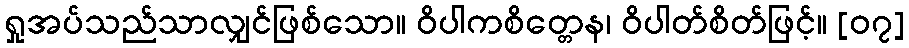
ရှုအပ်သည်သာလျှင်ဖြစ်သော။ ဝိပါကစိတ္တေန၊ ဝိပါတ်စိတ်ဖြင့်။ [၀၇]